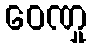
ဝေဏှု